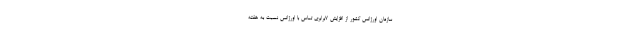
سازمان اورژانس کشور از افزایش ٧برابری تماس با اورژانس نسبت به هفته